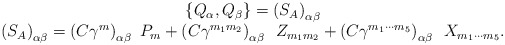
\begin{align*}\begin{array}{c}\left\{ Q_\alpha ,Q_\beta \right\} =\left( S_A\right) _{\alpha \beta } \\ \left( S_A\right) _{\alpha \beta }=\left( C\gamma ^m\right) _{\alpha \beta}\,\,P_m+\left( C\gamma ^{m_1m_2}\right) _{\alpha \beta}\,\,\,Z_{m_1m_2}+\left( C\gamma ^{m_1\cdots m_5}\right) _{\alpha \beta}\,\,\,X_{m_1\cdots m_5}.\end{array}\end{align*}